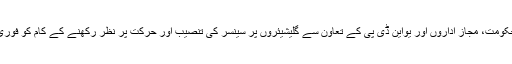
عبدالرحمانوف کے مطابق حکومت، مجاز اداروں اور یواین ڈی پی کے تعاون سے گلیشیئروں پر سینسر کی تنصیب اور حرکت پر نظر رکھنے کے کام کو فوری طور پر تیز کیا جارہا ہے۔